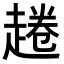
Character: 𧼚